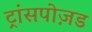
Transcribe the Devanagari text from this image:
ट्रांसपोज़ड